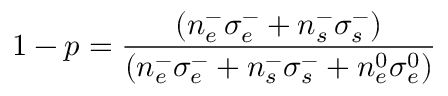
1 - p = \frac { \left( n _ { e } ^ { - } \sigma _ { e } ^ { - } + n _ { s } ^ { - } \sigma _ { s } ^ { - } \right) } { \left( n _ { e } ^ { - } \sigma _ { e } ^ { - } + n _ { s } ^ { - } \sigma _ { s } ^ { - } + n _ { e } ^ { 0 } \sigma _ { e } ^ { 0 } \right) }